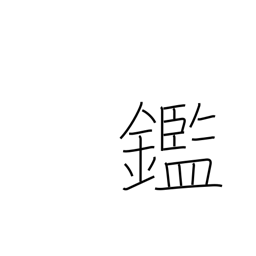
Meaning: learn from